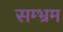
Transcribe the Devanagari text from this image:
सम्‍भ्रम